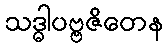
သဒ္ဓါပဗ္ဗဇိတေန